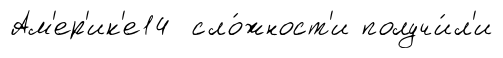
Ам'ер'ик'е14 сло́жност'и получи́л'и